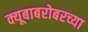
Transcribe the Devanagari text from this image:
क्यूबाबरोबरच्या